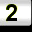
Digit: 2